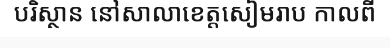
បរិស្ថាន នៅសាលាខេត្តសៀមរាប កាលពី